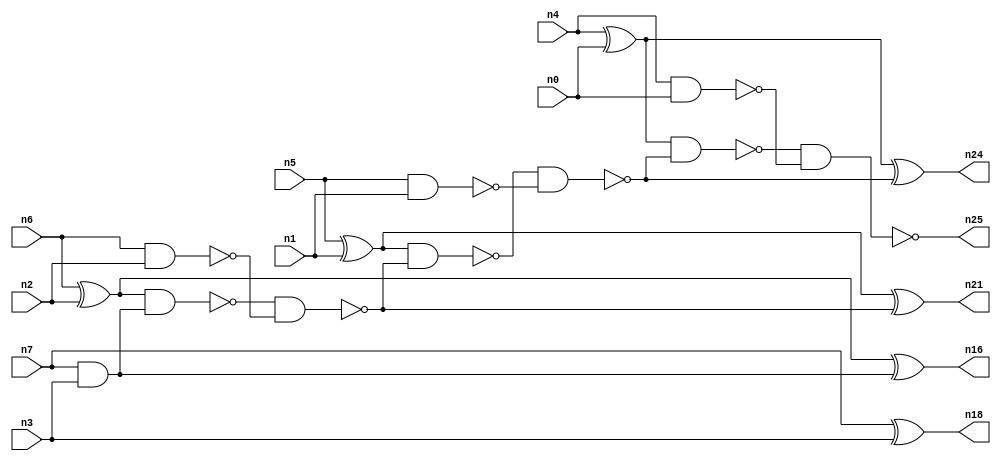
// This file contains a pareto-optimal circuit with respect to pdp and the fault-resilince parameter p_fault which is defined as:
// "For all input vectors, the ratio of the no. of faults observable at the POs to the no. of total possible faults in the circuit".
// This code is part of the ReCkt library (https://github.com/umar-afzaal/ReCkt) distributed under The MIT License.
// When used, please cite the following article(s):
// U. Afzaal, A.S. Hassan, M. Usman and J.A. Lee, "On the Evolutionary Synthesis of Increased Fault-resilience Arithmetic Circuits".

// p_fault = 97.8 %    (Lower is better)
// gates = 18.0
// levels = 7
// area = 25.66    (For MCNC library relative to nand2)
// power = 95.2 uW    (Berkely-SIS for MCNC library @ Vdd=5V and 20 MHz clock)
// delay = 7.9 ns    (Berkely-ABC for MCNC library)
// PDP = 7.5208e-13 J

// Pin mapping:
// {n0, n1, n2, n3} = A[3:0]
// {n4, n5, n6, n7} = B[3:0]
// {n25, n24, n21, n16, n18} = O[4:0]

module addr4u_pdp_0 (
n0, n1, n2, n3, n4, n5, n6, n7, 
n25, n24, n21, n16, n18
);

input n0, n1, n2, n3, n4, n5, n6, n7;
output n25, n24, n21, n16, n18;
wire n10, n11, n8, n13, n19, n22, n20, n9, n14, n23, n12, n17, n15;

nand (n8, n5, n1);
xor (n9, n6, n2);
and (n10, n7, n3);
nand (n11, n6, n2);
xor (n12, n7, n3);
nand (n13, n4, n0);
xor (n14, n4, n0);
xor (n15, n5, n1);
xor (n16, n9, n10);
nand (n17, n9, n10);
or (n18, n12, n12);
nand (n19, n17, n11);
nand (n20, n15, n19);
xor (n21, n15, n19);
nand (n22, n20, n8);
nand (n23, n14, n22);
xor (n24, n14, n22);
nand (n25, n23, n13);

endmodule